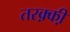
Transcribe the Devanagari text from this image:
तरक़्की़